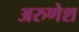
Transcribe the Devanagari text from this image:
अरुणेश